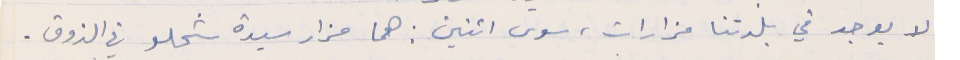
لا يوجد في بلدتنا مزارات ، سوى اثنين : هما مزار سيدة شحلو في الذوق .